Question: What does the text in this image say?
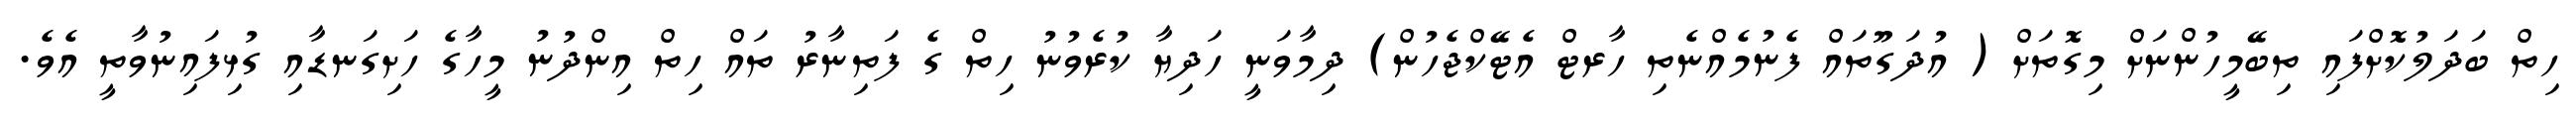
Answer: ހިތް ބަދަލުކޮށްފައި ތިބޭމީހުންނަށް މިގޮތަށް ( އުދަގޫތައް ފެނުމެއްނެތި ހާރޓް އެޓޭކްޖެހުން) ދިމާވަނީ ހަދިޔާ ކުރެވުނު ހިތް ގެ ފަތިނާރު ތައް ހިތް އިންދުނު މީހާގެ ހަށިގަނޑާއި ގުޅިފައިނުވާތީ އެވެ.